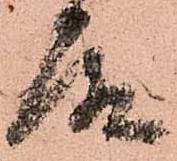
殿